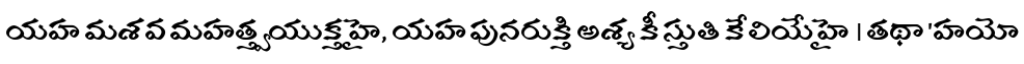
యహ మశవ మహత్త్వయుక్త హై, యహ పునరుక్తి అశ్య కీ స్తుతి కే లియే హై । తథా 'హయో